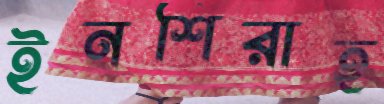
ইনশিরাহ